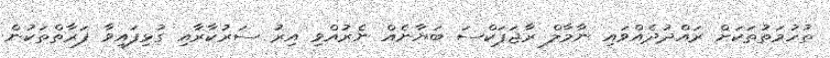
ތުހުމަތުތަކަށް ރައްދުދެއްވައި ނާމާލް ރާޖަޕަކްސަ ބަޔާނެއް ނެރުއްވި އިރު ސަރުކާރާއި ގުޅިފައިވާ ފަރާތްތަކުން